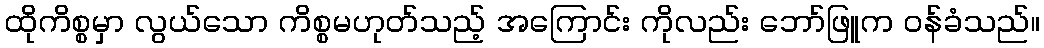
ထိုကိစ္စမှာ လွယ်သော ကိစ္စမဟုတ်သည့် အကြောင်း ကိုလည်း ဘော်ဖြူက ဝန်ခံသည်။